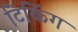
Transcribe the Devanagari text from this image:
टिकिंग